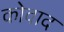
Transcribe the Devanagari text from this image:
कोवाद